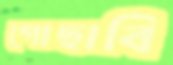
গোছাবি